kultuurilooline_kollektsioon, lk 10
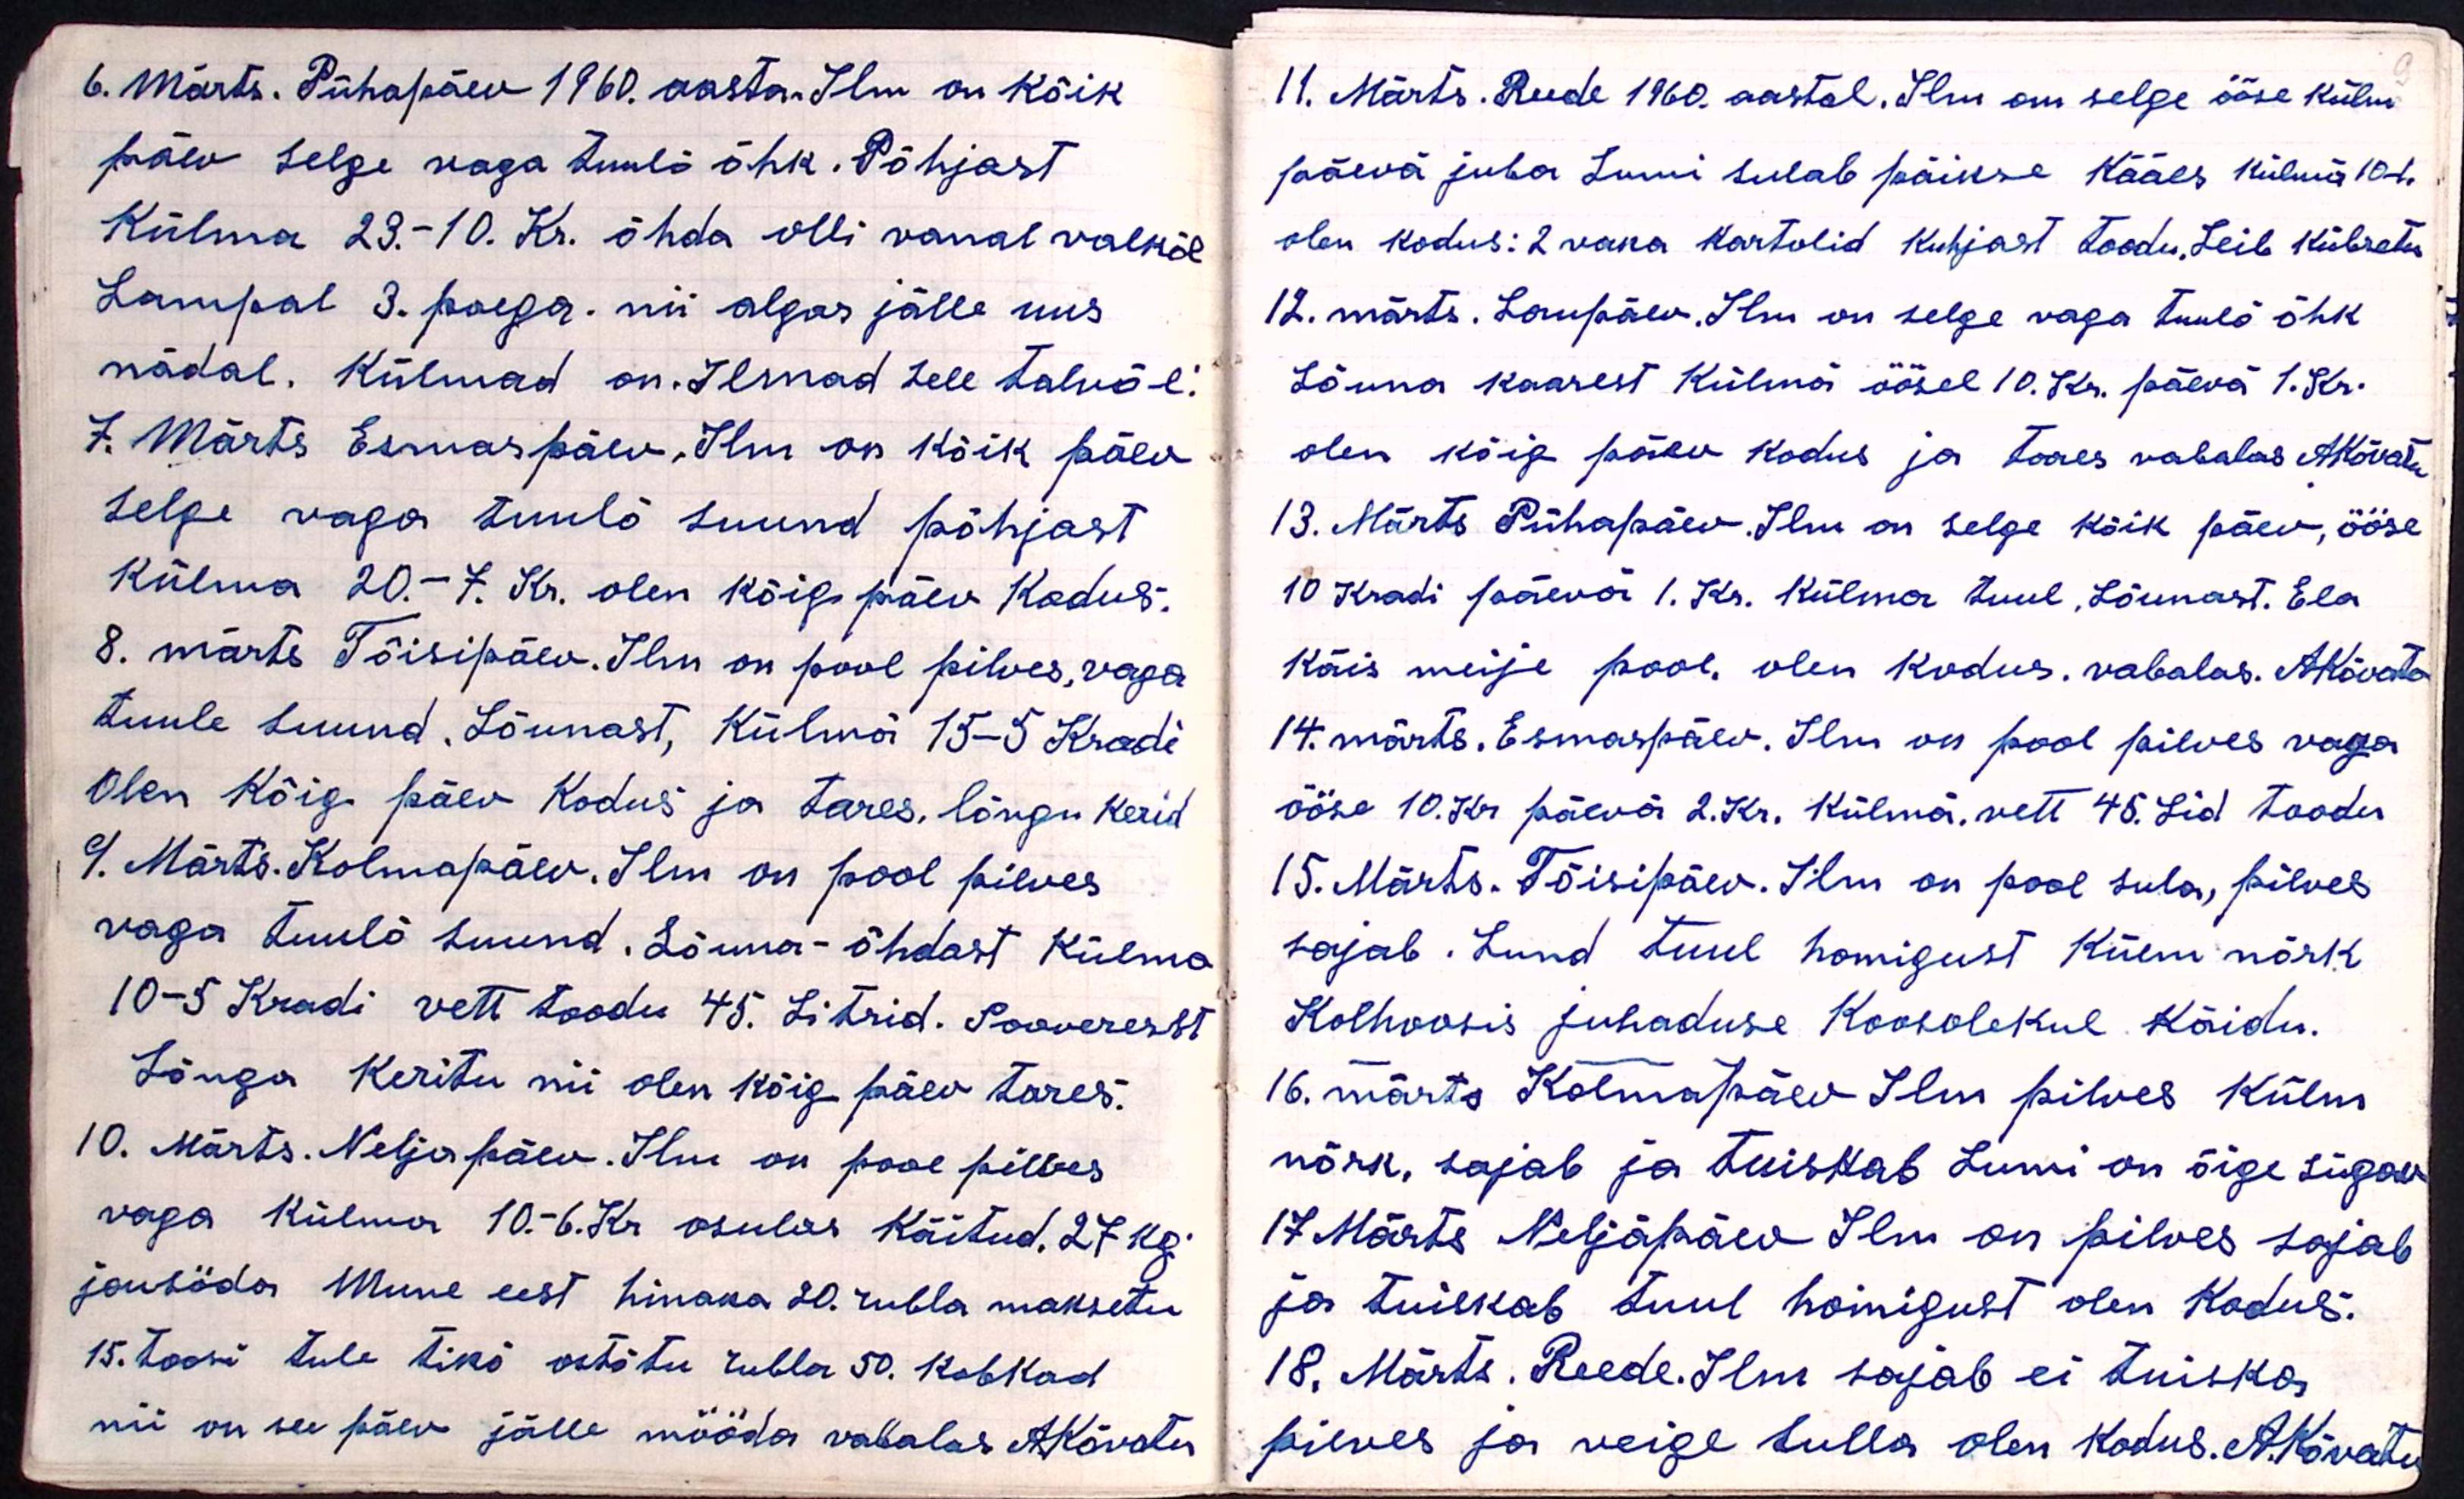
6. Märts. Pühapäev 1960. aasta. Ilm on kõik
päev selge naga tuulõ õhk. Põhjast
Külma 23-10. Kr. õhda olli vanal valkõl
Lampal 3. poega. nii algas jälle uus
nädal. Külmad on. Ilmad sel talvõl.
7. Märts Esmaspäev, Ilm on kõik päev
selge väga tuulõ suund põhjast
Külma 20.-7. Kr. olen kõig päev Kodus.
8. märts Tõisipäev. Ilm on pool pilves, vaga
tuule suuna, Lõunast, Külmä 15-5 Kradi
Olen Kõig päev Kodus ja tares, lõngu kerid
9. Märts. Kolmapäev. Ilm on pool pilves
vaga tuulõ suuna. Lõuna-õhdast Külma
10-5 Kradi vett toodu 45. Litrid. Sooverest
Lõnga Keritu nii olen kõig päev tares.
10. Märts. Neljapäev. Ilm on pool pilves
väga külma 10.-6. Kr osulas käitud. 27 kg.
jousöda Mune eest hinaka 20 rubla maksetu
15. toosi tule tiko ostõtu rubla 50. kobkad
nii on see päev jälle mööda vabalas AKõvatu

11. Märts. Reede 1960 aastal. Ilm on selge ööse külm
päevä juba Lumi sulab päikse Kääes külmä 10-k
olen kodus: 2 vana kartolid kuhjast toodu. Leib kübsetu
12. märts. Laupäev. Ilm on selge väga tuulõ õhk
Lõuna kaarest Külmä öösel 10. Kr. päevä 1. Kr.
olen kõig päev kodus ja tares vabalas AKõvatu
13. Märts Pühapäev. Ilm on selge kõik päev, ööse
10 Kradi päevä 1. Kr. Külma tuul, Lõunast. Ela
Käis meije pool. olen kodus. vabalas. AKõvato
14. märts. Esmaspäev. Ilm on pool pilves vaga
ööse 10. Kr päeva 2. Kr. Külma, vett 45. Lid toodu
15. Märts. Tõisipäev. Ilm on pool sula, pilves
sajab. Lund tuul homigust Külm nõrk
Kolhoosis juhaduse Koosolekul käidu.
16. märts Kolmapäev Ilm pilves Külm
nõrk, sajab ja tuistab Lumi on õige sügav
17 Märts Neljäpäev Ilm on pilves sajab
ja tuiskab tuul homigust olen Kodus.
18. Märts. Reede. Ilm sajab ei tuiska
pilves ja veige sulla olen kodus. A. Kõvatu